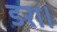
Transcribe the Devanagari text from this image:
डरा।